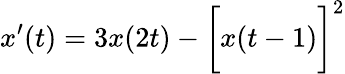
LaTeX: x^{\prime}(t)=3x(2t)-{\biggl[}x(t-1){\biggr]}^{2}